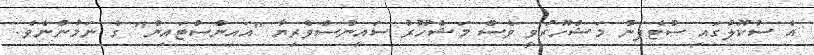
އެ ސުކޫލުގައި ސްޓެފަން މަޝްހޫރުވީ ވެސް މަޝްހޫރު ސައިންސްވެރިޔާ "އައިންސްޓައިން" ގެ ނަމުންނެވެ.